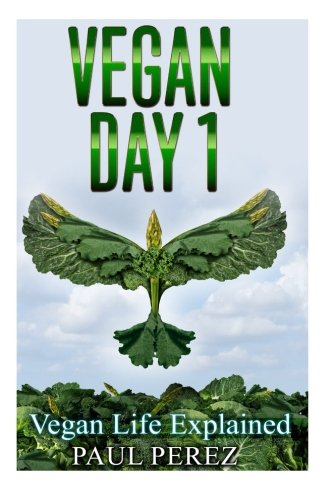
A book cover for Vegan Day 1: Vegan Life Explained; Paul Perez; Health, Fitness & Dieting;